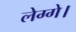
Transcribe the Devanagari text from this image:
लेग्गे।